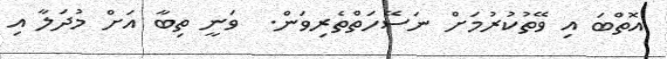
އޮތްބަ އި ވޭތުކުރުމަށް ނަސޭހަތްތެރިވަން.  ވަނީ ތިބާ އަށް މުދަލާ އި